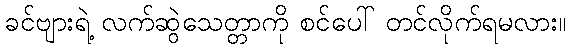
ခင်ဗျားရဲ့ လက်ဆွဲသေတ္တာကို စင်ပေါ် တင်လိုက်ရမလား။